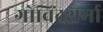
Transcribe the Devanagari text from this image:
गोविंदशर्मा